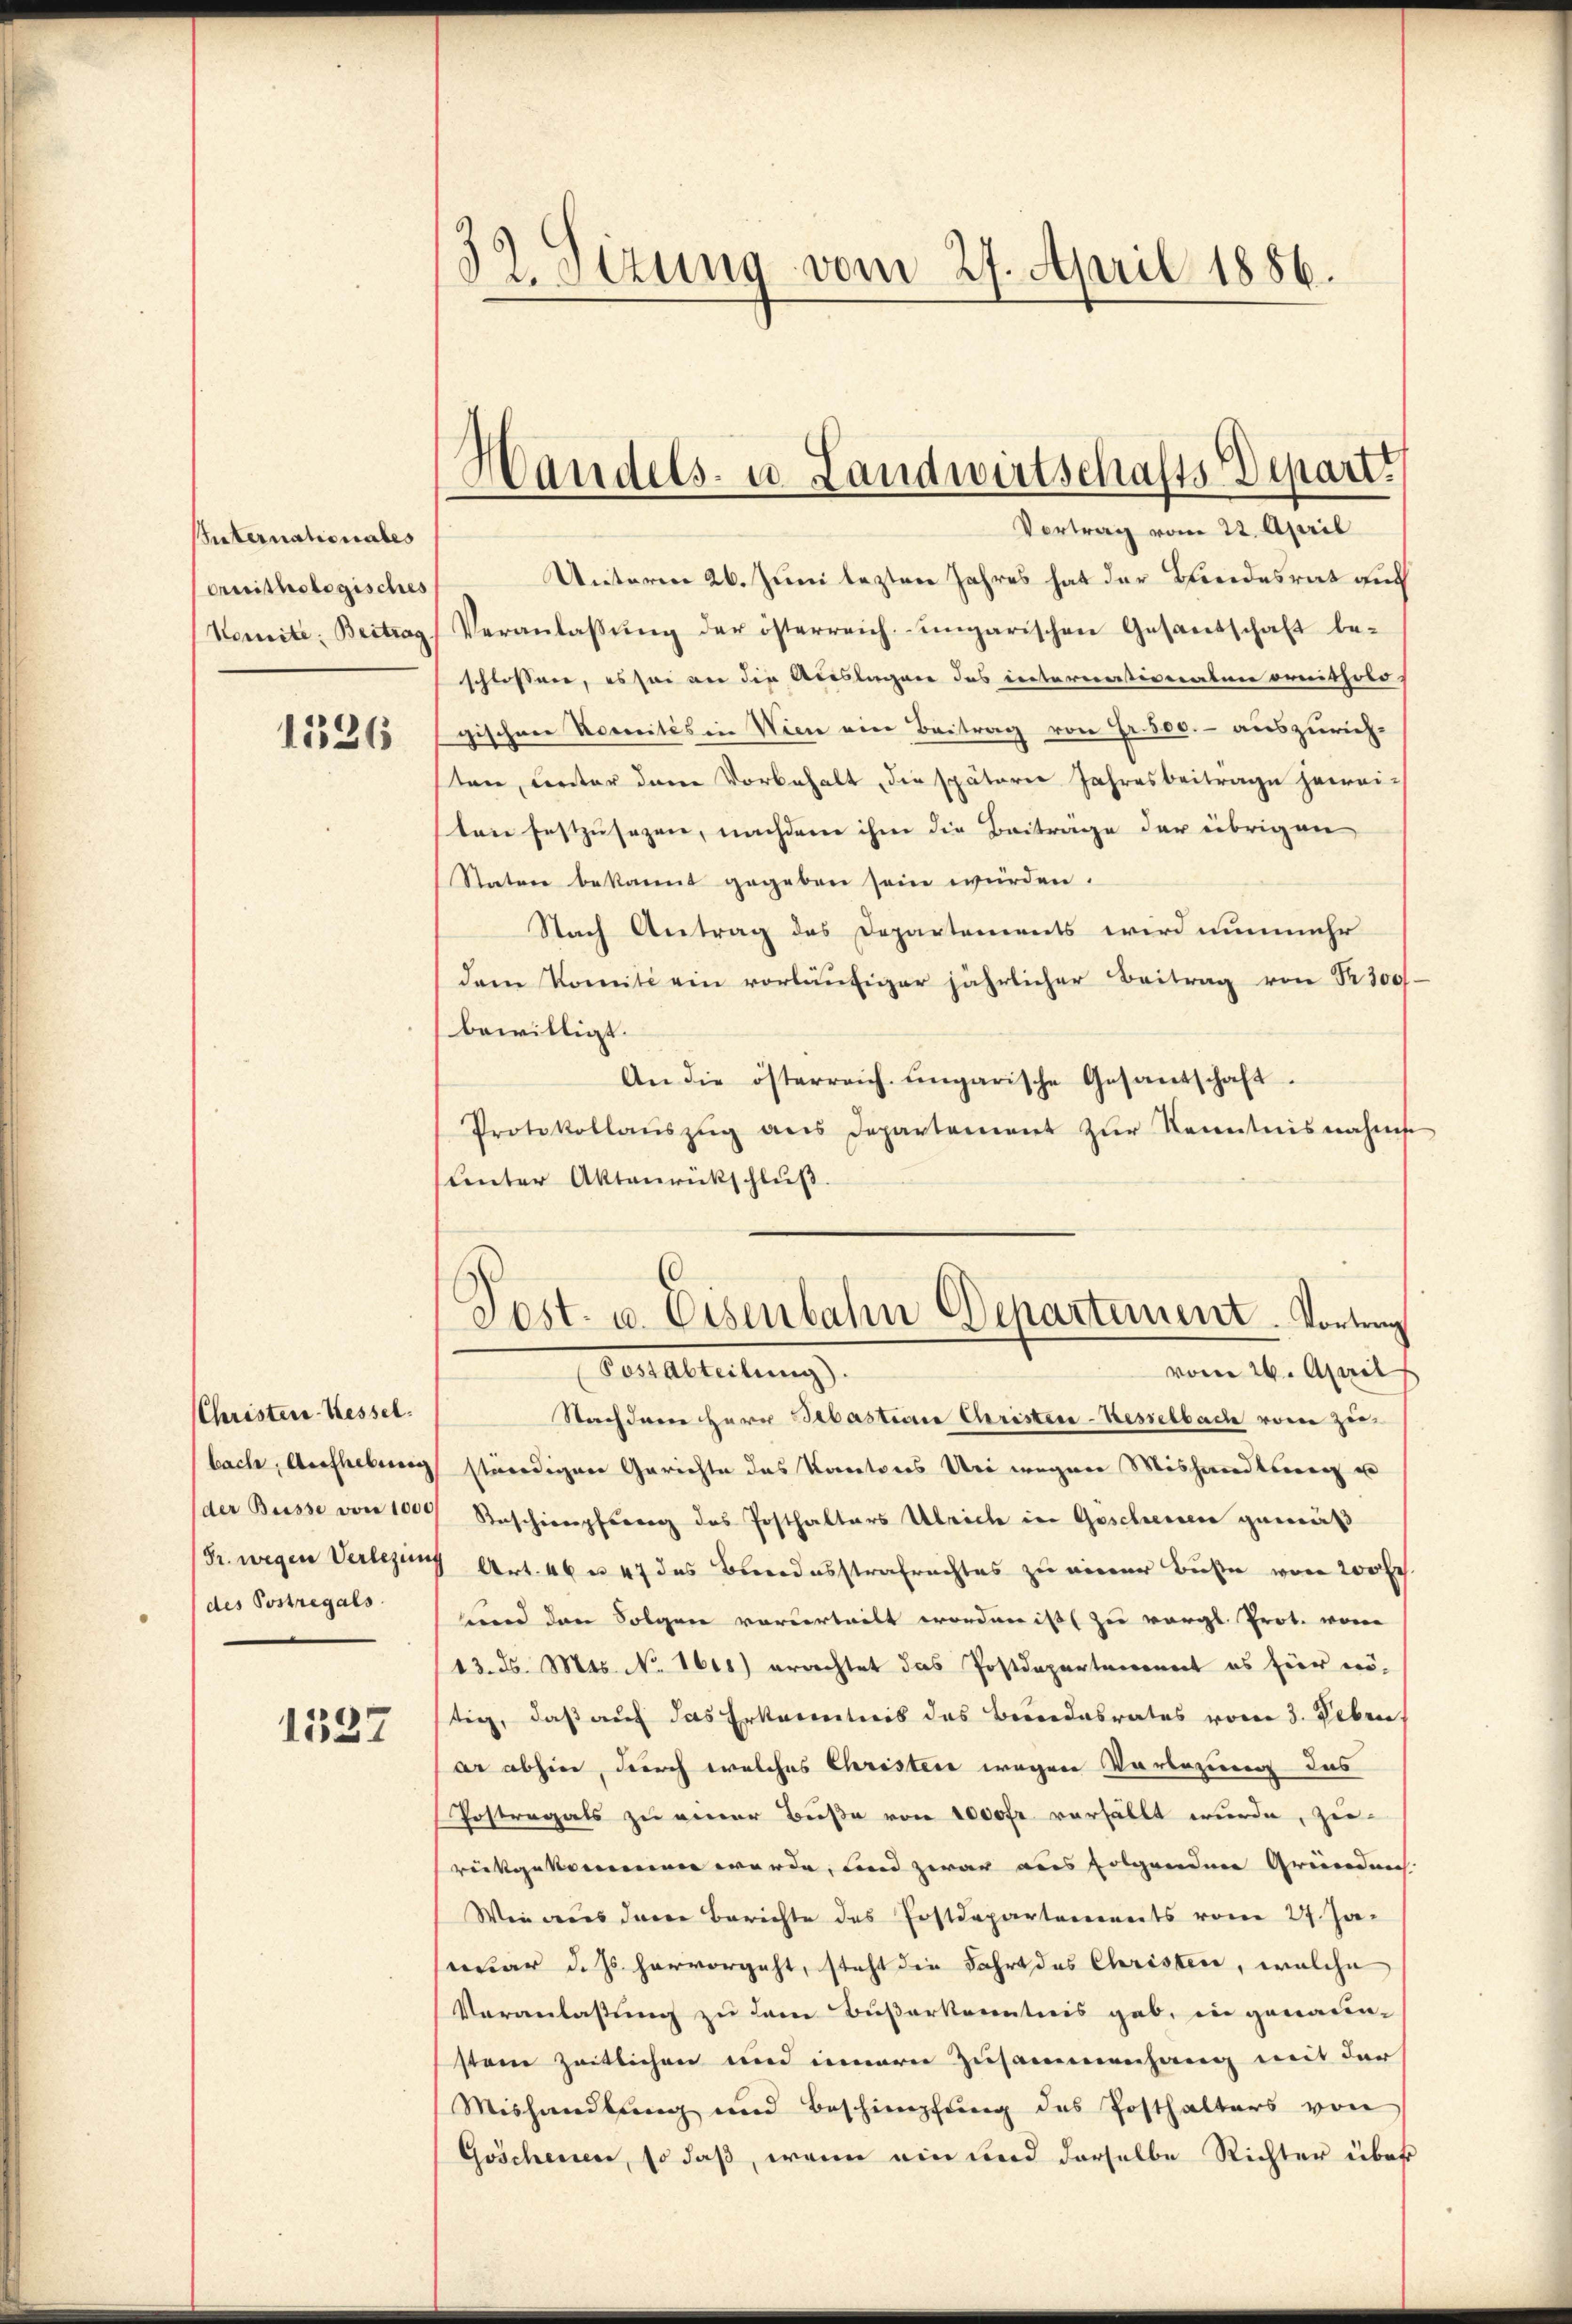
snternationates
oruithologisches

1126

CChristen-Kessel
des Sostregals

1537

32. Sizung vom 27. April 1886.

Handels- u. Landwirtschafts Depart.
Vortrag vom 22. April

Unterm 26. Juni lezten Jahres hat der Bundesrat auch
Komite: Beitrag, Veranlassŭng der österreich-ungarischen Gesandschaft be-
schlossere, es sei an die Auslagen des internationaten ornitholo-
gischen Komités in Wien ein Beitrag von Fr. 500.- auszurichten, Cantor den Vorbehalt, die spätere Jahresbeitrage heirai-
ten festzusezen, nachdem ihm die Beiträge der übrigen
Statur bekannt gegeben sein würden.
Nach Antrag des Departements wird nunmehr
dem Komit ein vorläŭfiger jährlicher Beitrag von Nr. 300f
bewilligt.
An die österreich ungarische Gesandschaft
Protokollaŭszŭg ans Departement zŭr Kenntnisnahme
Unter Aktenrückschluß.

Post- u. Eisenbahn Departement. Vortrag

Forelleitung
vom 26. April
Nachdene Herr Bebastieren Christer-Kesselbache von zu
bach, Anleitung ständigen Gerichte das Kantons Uri wegen Mishandlung u
der Busse von 1000 Beschienpfang des Posthalters Ulriche in Göscheiden gemäß
(Gr. wegen Verlegung Art. 46 u. 47 des Bundesstrafrachtes zu einer Buße von 200fr.
und den Folgen vorurteilt worden ist zu vergl. Prot. von
(13. d. Mts. No. 1615) erachtet das Postdepartenannt es hier nötig, daß auf das Erkanntnis des Beendesrates vom 3. Febru
ar abhin, durch welches Christen wegen Vorlegung das
Postregals zu einer Buße von 1000fr verhällt wurde, zu
rückgekommen werde, und zwar aus folgendene Gründen.
Wie aus dem Berichte des Postdepartements vom 27. Jaseruar d. Js. hervorgeht, steht die Fahrt des Christen, welche
Veranlassung zu dem Buserkanntnis gab, in genaun-
stem Zeitlichen und innern Zusammenhang mit der
Mishandlung und Beschimpfung des Posthalters von
Göschenen, so daß, wenn ein und derselbe Richter über